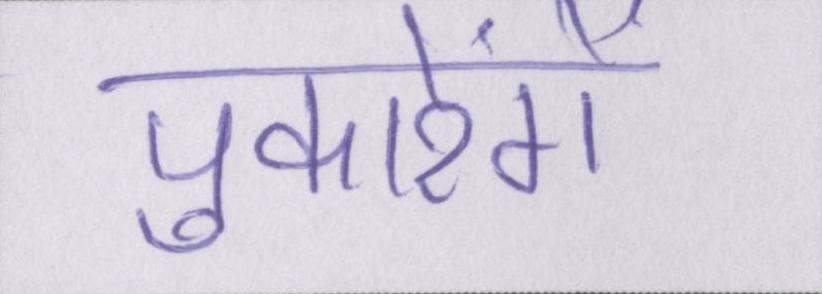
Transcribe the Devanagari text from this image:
पुकारेंगे